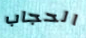
الحجاب